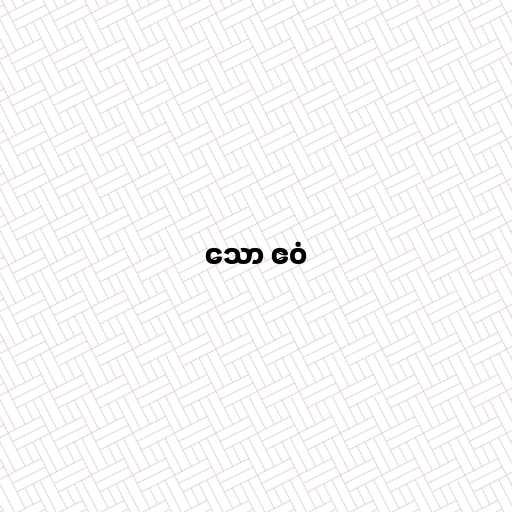
သော ဧဝံ